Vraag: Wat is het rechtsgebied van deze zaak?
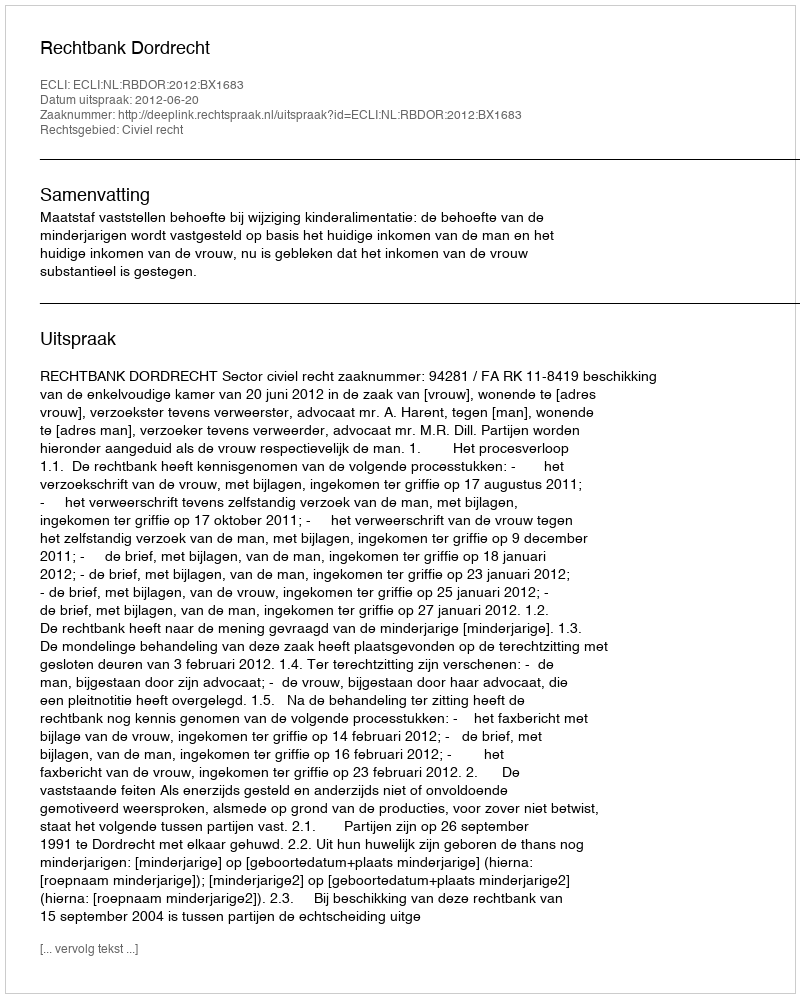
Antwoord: Civiel recht